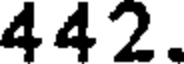
442.